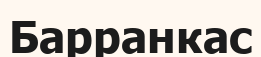
Барранкас